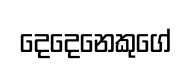
දෙදෙනෙකුගේ